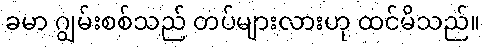
ခမာ ဂျွမ်းစစ်သည် တပ်များလားဟု ထင်မိသည်။